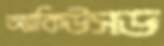
অ্যাকিউসড